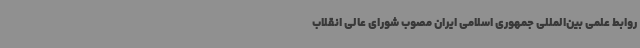
روابط علمی بین‌المللی جمهوری اسلامی ایران مصوب شورای عالی انقلاب